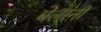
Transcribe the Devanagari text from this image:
बेलांनी